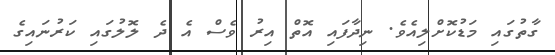
ގާތުގައި މަޑުކޮށްލިއެވެ. ނިދާފައި އޮތް އިރު ވެސް އެ ދެ ލޮލުގައި ކަރުނައިގެ